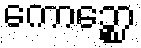
ကောဉ္စော